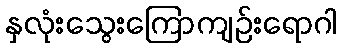
နှလုံးသွေးကြောကျဉ်းရောဂါ